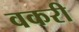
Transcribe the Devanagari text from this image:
वकरी